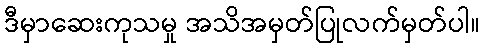
ဒီမှာဆေးကုသမှု အသိအမှတ်ပြုလက်မှတ်ပါ။